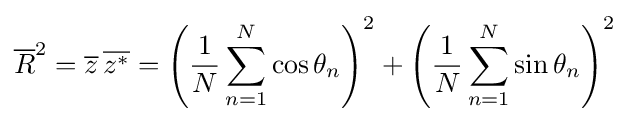
{\overline {R}}^{2}={\overline {z}}\,{\overline {z^{*}}}=\left({\frac {1}{N}}\sum _{n=1}^{N}\cos \theta _{n}\right)^{2}+\left({\frac {1}{N}}\sum _{n=1}^{N}\sin \theta _{n}\right)^{2}